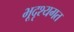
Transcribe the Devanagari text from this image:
भूदृश्यगत